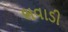
ભવાડી